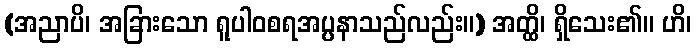
(အညာပိ၊ အခြားသော ရူပါဝစရအပ္ပနာသည်လည်း။) အတ္ထိ၊ ရှိသေး၏။ ဟိ၊